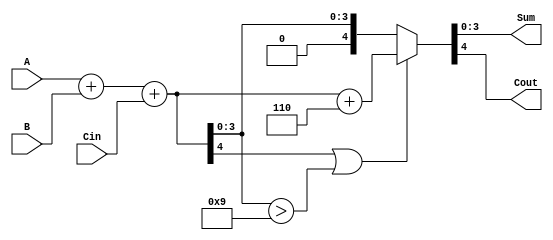
module BCD_Adder(
    input [3:0] A,     // 4-bit BCD input A
    input [3:0] B,     // 4-bit BCD input B
    input Cin,         // Carry-in
    output reg [3:0] Sum, // 4-bit BCD output
    output reg Cout     // Carry-out
);
    
    wire [4:0] temp_sum; // 5-bit to hold the sum
    wire correction_needed; // Signal to indicate if correction is needed

    // Step 1: Add A, B and Cin
    assign temp_sum = A + B + Cin;

    // Step 2: Check if correction is needed
    assign correction_needed = (temp_sum[4] || (temp_sum[3:0] > 4'b1001));

    // Step 3: Generate final Sum and Cout based on correction
    always @(*) begin
        if (correction_needed) begin
            {Cout, Sum} = temp_sum + 5'b00110; // Add 6 to correct
        end else begin
            {Cout, Sum} = {1'b0, temp_sum[3:0]}; // No correction needed
        end
    end

endmodule